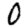
Digit: 0